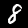
Label: 8